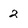
Character: 2